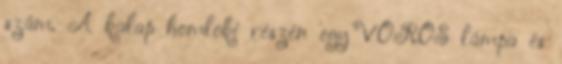
szám. A kalap homloki részén egy VÖRÖS lámpa és